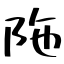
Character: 陁